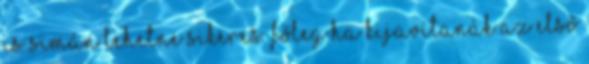
is simán lehetne sikeres. Főleg ha kijavítanák az első